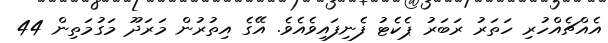
އެއްޗެއްހުރި ހަތަރު ރަބަރު ޕެކެޓު ފެނިފައިވެއެވެ. އޭގެ އިތުރުން މަރަދޫ މަގުމަތިން 44